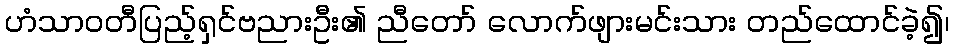
ဟံသာဝတီပြည့်ရှင်ဗညားဦး၏ ညီတော် လောက်ဖျားမင်းသား တည်ထောင်ခဲ့၍၊